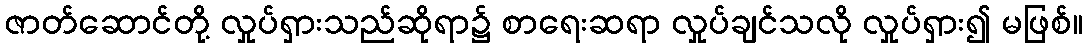
ဇာတ်ဆောင်တို့ လှုပ်ရှားသည်ဆိုရာ၌ စာရေးဆရာ လှုပ်ချင်သလို လှုပ်ရှား၍ မဖြစ်။